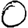
Digit: 0